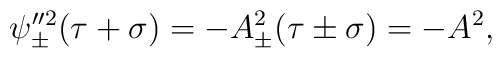
\psi''^2_{\pm}(\tau+\sigma)=-A^2_{\pm}(\tau\pm\sigma)=-A^2,